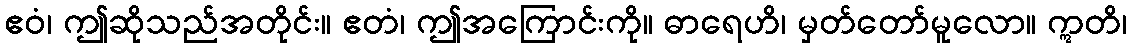
ဧဝံ၊ ဤဆိုသည်အတိုင်း။ ဧတံ၊ ဤအကြောင်းကို။ ဓာရေဟိ၊ မှတ်တော်မူလော။ ဣတိ၊